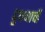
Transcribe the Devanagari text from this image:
दुधनाची